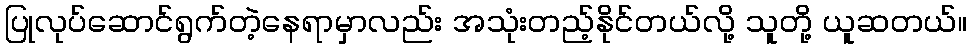
ပြုလုပ်ဆောင်ရွက်တဲ့နေရာမှာလည်း အသုံးတည့်နိုင်တယ်လို့ သူတို့ ယူဆတယ်။